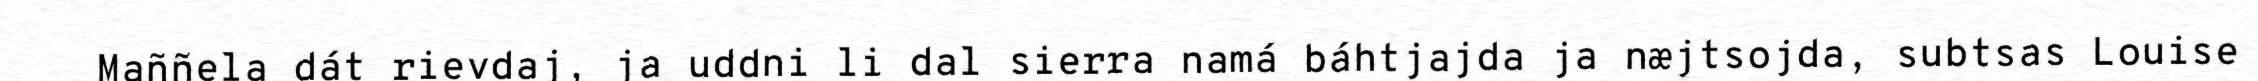
Maññela dát rievdaj, ja uddni li dal sierra namá báhtjajda ja næjtsojda, subtsas Louise